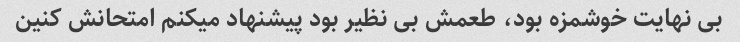
بی نهایت خوشمزه بود، طعمش بی نظیر بود پیشنهاد میکنم امتحانش کنین